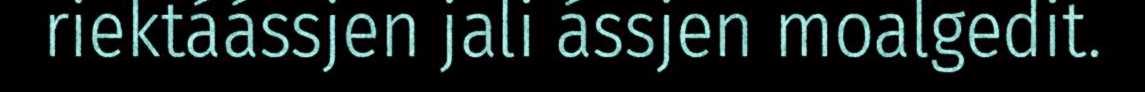
riektáássjen jali ássjen moalgedit.